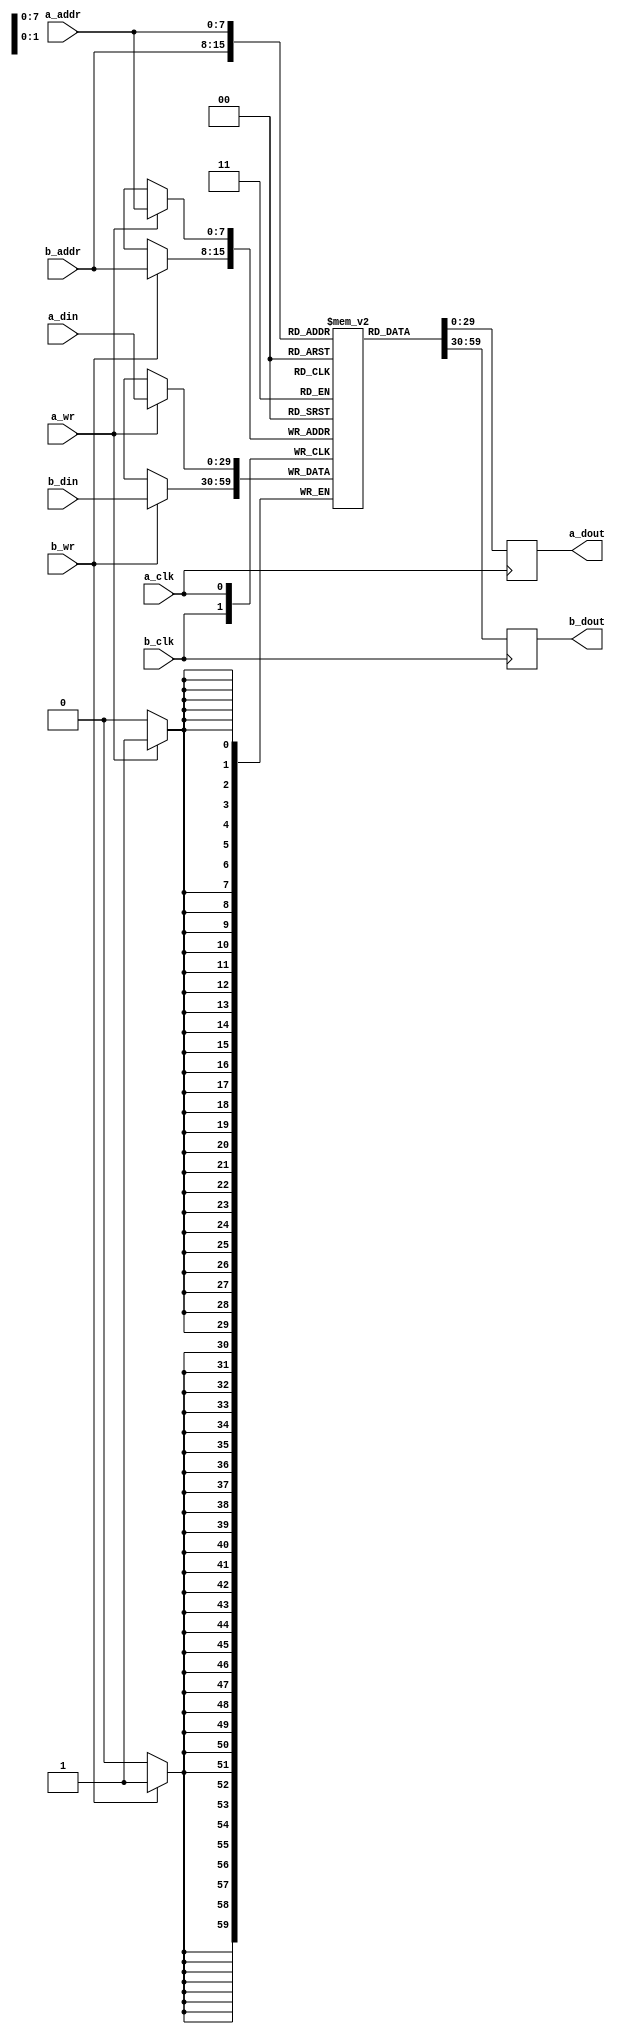
module tdp_ram_30_8
  (input  a_clk,
   input  a_wr,
   input  [7:0] a_addr,
   input  [29:0] a_din,
   input  b_clk,
   input  b_wr,
   input  [7:0] b_addr,
   input  [29:0] b_din,
   output [29:0] a_dout,
   output [29:0] b_dout);
  reg [29:0] n107_data; // mem_rd
  reg [29:0] n110_data; // mem_rd
  assign a_dout = n110_data;
  assign b_dout = n107_data;
  /* mem/tdp_ram.vhd:57:5  */
  reg [29:0] mem[255:0] ; // memory
  initial begin
    mem[255] = 30'b000000000000000000000000000000;
    mem[254] = 30'b000000000000000000000000000000;
    mem[253] = 30'b000000000000000000000000000000;
    mem[252] = 30'b000000000000000000000000000000;
    mem[251] = 30'b000000000000000000000000000000;
    mem[250] = 30'b000000000000000000000000000000;
    mem[249] = 30'b000000000000000000000000000000;
    mem[248] = 30'b000000000000000000000000000000;
    mem[247] = 30'b000000000000000000000000000000;
    mem[246] = 30'b000000000000000000000000000000;
    mem[245] = 30'b000000000000000000000000000000;
    mem[244] = 30'b000000000000000000000000000000;
    mem[243] = 30'b000000000000000000000000000000;
    mem[242] = 30'b000000000000000000000000000000;
    mem[241] = 30'b000000000000000000000000000000;
    mem[240] = 30'b000000000000000000000000000000;
    mem[239] = 30'b000000000000000000000000000000;
    mem[238] = 30'b000000000000000000000000000000;
    mem[237] = 30'b000000000000000000000000000000;
    mem[236] = 30'b000000000000000000000000000000;
    mem[235] = 30'b000000000000000000000000000000;
    mem[234] = 30'b000000000000000000000000000000;
    mem[233] = 30'b000000000000000000000000000000;
    mem[232] = 30'b000000000000000000000000000000;
    mem[231] = 30'b000000000000000000000000000000;
    mem[230] = 30'b000000000000000000000000000000;
    mem[229] = 30'b000000000000000000000000000000;
    mem[228] = 30'b000000000000000000000000000000;
    mem[227] = 30'b000000000000000000000000000000;
    mem[226] = 30'b000000000000000000000000000000;
    mem[225] = 30'b000000000000000000000000000000;
    mem[224] = 30'b000000000000000000000000000000;
    mem[223] = 30'b000000000000000000000000000000;
    mem[222] = 30'b000000000000000000000000000000;
    mem[221] = 30'b000000000000000000000000000000;
    mem[220] = 30'b000000000000000000000000000000;
    mem[219] = 30'b000000000000000000000000000000;
    mem[218] = 30'b000000000000000000000000000000;
    mem[217] = 30'b000000000000000000000000000000;
    mem[216] = 30'b000000000000000000000000000000;
    mem[215] = 30'b000000000000000000000000000000;
    mem[214] = 30'b000000000000000000000000000000;
    mem[213] = 30'b000000000000000000000000000000;
    mem[212] = 30'b000000000000000000000000000000;
    mem[211] = 30'b000000000000000000000000000000;
    mem[210] = 30'b000000000000000000000000000000;
    mem[209] = 30'b000000000000000000000000000000;
    mem[208] = 30'b000000000000000000000000000000;
    mem[207] = 30'b000000000000000000000000000000;
    mem[206] = 30'b000000000000000000000000000000;
    mem[205] = 30'b000000000000000000000000000000;
    mem[204] = 30'b000000000000000000000000000000;
    mem[203] = 30'b000000000000000000000000000000;
    mem[202] = 30'b000000000000000000000000000000;
    mem[201] = 30'b000000000000000000000000000000;
    mem[200] = 30'b000000000000000000000000000000;
    mem[199] = 30'b000000000000000000000000000000;
    mem[198] = 30'b000000000000000000000000000000;
    mem[197] = 30'b000000000000000000000000000000;
    mem[196] = 30'b000000000000000000000000000000;
    mem[195] = 30'b000000000000000000000000000000;
    mem[194] = 30'b000000000000000000000000000000;
    mem[193] = 30'b000000000000000000000000000000;
    mem[192] = 30'b000000000000000000000000000000;
    mem[191] = 30'b000000000000000000000000000000;
    mem[190] = 30'b000000000000000000000000000000;
    mem[189] = 30'b000000000000000000000000000000;
    mem[188] = 30'b000000000000000000000000000000;
    mem[187] = 30'b000000000000000000000000000000;
    mem[186] = 30'b000000000000000000000000000000;
    mem[185] = 30'b000000000000000000000000000000;
    mem[184] = 30'b000000000000000000000000000000;
    mem[183] = 30'b000000000000000000000000000000;
    mem[182] = 30'b000000000000000000000000000000;
    mem[181] = 30'b000000000000000000000000000000;
    mem[180] = 30'b000000000000000000000000000000;
    mem[179] = 30'b000000000000000000000000000000;
    mem[178] = 30'b000000000000000000000000000000;
    mem[177] = 30'b000000000000000000000000000000;
    mem[176] = 30'b000000000000000000000000000000;
    mem[175] = 30'b000000000000000000000000000000;
    mem[174] = 30'b000000000000000000000000000000;
    mem[173] = 30'b000000000000000000000000000000;
    mem[172] = 30'b000000000000000000000000000000;
    mem[171] = 30'b000000000000000000000000000000;
    mem[170] = 30'b000000000000000000000000000000;
    mem[169] = 30'b000000000000000000000000000000;
    mem[168] = 30'b000000000000000000000000000000;
    mem[167] = 30'b000000000000000000000000000000;
    mem[166] = 30'b000000000000000000000000000000;
    mem[165] = 30'b000000000000000000000000000000;
    mem[164] = 30'b000000000000000000000000000000;
    mem[163] = 30'b000000000000000000000000000000;
    mem[162] = 30'b000000000000000000000000000000;
    mem[161] = 30'b000000000000000000000000000000;
    mem[160] = 30'b000000000000000000000000000000;
    mem[159] = 30'b000000000000000000000000000000;
    mem[158] = 30'b000000000000000000000000000000;
    mem[157] = 30'b000000000000000000000000000000;
    mem[156] = 30'b000000000000000000000000000000;
    mem[155] = 30'b000000000000000000000000000000;
    mem[154] = 30'b000000000000000000000000000000;
    mem[153] = 30'b000000000000000000000000000000;
    mem[152] = 30'b000000000000000000000000000000;
    mem[151] = 30'b000000000000000000000000000000;
    mem[150] = 30'b000000000000000000000000000000;
    mem[149] = 30'b000000000000000000000000000000;
    mem[148] = 30'b000000000000000000000000000000;
    mem[147] = 30'b000000000000000000000000000000;
    mem[146] = 30'b000000000000000000000000000000;
    mem[145] = 30'b000000000000000000000000000000;
    mem[144] = 30'b000000000000000000000000000000;
    mem[143] = 30'b000000000000000000000000000000;
    mem[142] = 30'b000000000000000000000000000000;
    mem[141] = 30'b000000000000000000000000000000;
    mem[140] = 30'b000000000000000000000000000000;
    mem[139] = 30'b000000000000000000000000000000;
    mem[138] = 30'b000000000000000000000000000000;
    mem[137] = 30'b000000000000000000000000000000;
    mem[136] = 30'b000000000000000000000000000000;
    mem[135] = 30'b000000000000000000000000000000;
    mem[134] = 30'b000000000000000000000000000000;
    mem[133] = 30'b000000000000000000000000000000;
    mem[132] = 30'b000000000000000000000000000000;
    mem[131] = 30'b000000000000000000000000000000;
    mem[130] = 30'b000000000000000000000000000000;
    mem[129] = 30'b000000000000000000000000000000;
    mem[128] = 30'b000000000000000000000000000000;
    mem[127] = 30'b000000000000000000000000000000;
    mem[126] = 30'b000000000000000000000000000000;
    mem[125] = 30'b000000000000000000000000000000;
    mem[124] = 30'b000000000000000000000000000000;
    mem[123] = 30'b000000000000000000000000000000;
    mem[122] = 30'b000000000000000000000000000000;
    mem[121] = 30'b000000000000000000000000000000;
    mem[120] = 30'b000000000000000000000000000000;
    mem[119] = 30'b000000000000000000000000000000;
    mem[118] = 30'b000000000000000000000000000000;
    mem[117] = 30'b000000000000000000000000000000;
    mem[116] = 30'b000000000000000000000000000000;
    mem[115] = 30'b000000000000000000000000000000;
    mem[114] = 30'b000000000000000000000000000000;
    mem[113] = 30'b000000000000000000000000000000;
    mem[112] = 30'b000000000000000000000000000000;
    mem[111] = 30'b000000000000000000000000000000;
    mem[110] = 30'b000000000000000000000000000000;
    mem[109] = 30'b000000000000000000000000000000;
    mem[108] = 30'b000000000000000000000000000000;
    mem[107] = 30'b000000000000000000000000000000;
    mem[106] = 30'b000000000000000000000000000000;
    mem[105] = 30'b000000000000000000000000000000;
    mem[104] = 30'b000000000000000000000000000000;
    mem[103] = 30'b000000000000000000000000000000;
    mem[102] = 30'b000000000000000000000000000000;
    mem[101] = 30'b000000000000000000000000000000;
    mem[100] = 30'b000000000000000000000000000000;
    mem[99] = 30'b000000000000000000000000000000;
    mem[98] = 30'b000000000000000000000000000000;
    mem[97] = 30'b000000000000000000000000000000;
    mem[96] = 30'b000000000000000000000000000000;
    mem[95] = 30'b000000000000000000000000000000;
    mem[94] = 30'b000000000000000000000000000000;
    mem[93] = 30'b000000000000000000000000000000;
    mem[92] = 30'b000000000000000000000000000000;
    mem[91] = 30'b000000000000000000000000000000;
    mem[90] = 30'b000000000000000000000000000000;
    mem[89] = 30'b000000000000000000000000000000;
    mem[88] = 30'b000000000000000000000000000000;
    mem[87] = 30'b000000000000000000000000000000;
    mem[86] = 30'b000000000000000000000000000000;
    mem[85] = 30'b000000000000000000000000000000;
    mem[84] = 30'b000000000000000000000000000000;
    mem[83] = 30'b000000000000000000000000000000;
    mem[82] = 30'b000000000000000000000000000000;
    mem[81] = 30'b000000000000000000000000000000;
    mem[80] = 30'b000000000000000000000000000000;
    mem[79] = 30'b000000000000000000000000000000;
    mem[78] = 30'b000000000000000000000000000000;
    mem[77] = 30'b000000000000000000000000000000;
    mem[76] = 30'b000000000000000000000000000000;
    mem[75] = 30'b000000000000000000000000000000;
    mem[74] = 30'b000000000000000000000000000000;
    mem[73] = 30'b000000000000000000000000000000;
    mem[72] = 30'b000000000000000000000000000000;
    mem[71] = 30'b000000000000000000000000000000;
    mem[70] = 30'b000000000000000000000000000000;
    mem[69] = 30'b000000000000000000000000000000;
    mem[68] = 30'b000000000000000000000000000000;
    mem[67] = 30'b000000000000000000000000000000;
    mem[66] = 30'b000000000000000000000000000000;
    mem[65] = 30'b000000000000000000000000000000;
    mem[64] = 30'b000000000000000000000000000000;
    mem[63] = 30'b000000000000000000000000000000;
    mem[62] = 30'b000000000000000000000000000000;
    mem[61] = 30'b000000000000000000000000000000;
    mem[60] = 30'b000000000000000000000000000000;
    mem[59] = 30'b000000000000000000000000000000;
    mem[58] = 30'b000000000000000000000000000000;
    mem[57] = 30'b000000000000000000000000000000;
    mem[56] = 30'b000000000000000000000000000000;
    mem[55] = 30'b000000000000000000000000000000;
    mem[54] = 30'b000000000000000000000000000000;
    mem[53] = 30'b000000000000000000000000000000;
    mem[52] = 30'b000000000000000000000000000000;
    mem[51] = 30'b000000000000000000000000000000;
    mem[50] = 30'b000000000000000000000000000000;
    mem[49] = 30'b000000000000000000000000000000;
    mem[48] = 30'b000000000000000000000000000000;
    mem[47] = 30'b000000000000000000000000000000;
    mem[46] = 30'b000000000000000000000000000000;
    mem[45] = 30'b000000000000000000000000000000;
    mem[44] = 30'b000000000000000000000000000000;
    mem[43] = 30'b000000000000000000000000000000;
    mem[42] = 30'b000000000000000000000000000000;
    mem[41] = 30'b000000000000000000000000000000;
    mem[40] = 30'b000000000000000000000000000000;
    mem[39] = 30'b000000000000000000000000000000;
    mem[38] = 30'b000000000000000000000000000000;
    mem[37] = 30'b000000000000000000000000000000;
    mem[36] = 30'b000000000000000000000000000000;
    mem[35] = 30'b000000000000000000000000000000;
    mem[34] = 30'b000000000000000000000000000000;
    mem[33] = 30'b000000000000000000000000000000;
    mem[32] = 30'b000000000000000000000000000000;
    mem[31] = 30'b000000000000000000000000000000;
    mem[30] = 30'b000000000000000000000000000000;
    mem[29] = 30'b000000000000000000000000000000;
    mem[28] = 30'b000000000000000000000000000000;
    mem[27] = 30'b000000000000000000000000000000;
    mem[26] = 30'b000000000000000000000000000000;
    mem[25] = 30'b000000000000000000000000000000;
    mem[24] = 30'b000000000000000000000000000000;
    mem[23] = 30'b000000000000000000000000000000;
    mem[22] = 30'b000000000000000000000000000000;
    mem[21] = 30'b000000000000000000000000000000;
    mem[20] = 30'b000000000000000000000000000000;
    mem[19] = 30'b000000000000000000000000000000;
    mem[18] = 30'b000000000000000000000000000000;
    mem[17] = 30'b000000000000000000000000000000;
    mem[16] = 30'b000000000000000000000000000000;
    mem[15] = 30'b000000000000000000000000000000;
    mem[14] = 30'b000000000000000000000000000000;
    mem[13] = 30'b000000000000000000000000000000;
    mem[12] = 30'b000000000000000000000000000000;
    mem[11] = 30'b000000000000000000000000000000;
    mem[10] = 30'b000000000000000000000000000000;
    mem[9] = 30'b000000000000000000000000000000;
    mem[8] = 30'b000000000000000000000000000000;
    mem[7] = 30'b000000000000000000000000000000;
    mem[6] = 30'b000000000000000000000000000000;
    mem[5] = 30'b000000000000000000000000000000;
    mem[4] = 30'b000000000000000000000000000000;
    mem[3] = 30'b000000000000000000000000000000;
    mem[2] = 30'b000000000000000000000000000000;
    mem[1] = 30'b000000000000000000000000000000;
    mem[0] = 30'b000000000000000000000000000000;
    end
  always @(posedge b_clk)
    if (b_wr)
      mem[b_addr] <= b_din;
  always @(posedge b_clk)
    if (1'b1)
      n107_data <= mem[b_addr];
  always @(posedge a_clk)
    if (a_wr)
      mem[a_addr] <= a_din;
  always @(posedge a_clk)
    if (1'b1)
      n110_data <= mem[a_addr];
  /* mem/tdp_ram.vhd:104:17  */
  /* ni/schedule_table.vhd:111:3  */
  /* mem/tdp_ram.vhd:88:17  */
  /* mem/tdp_ram.vhd:103:9  */
endmodule

module schedule_table
  (input  clk,
   input  reset,
   input  [13:0] config_addr,
   input  config_en,
   input  config_wr,
   input  [31:0] config_wdata,
   input  sel,
   input  [7:0] stbl_idx,
   input  stbl_idx_en,
   output [31:0] config_slv_rdata,
   output config_slv_error,
   output [15:0] route,
   output [3:0] pkt_len,
   output [3:0] t2n,
   output [5:0] dma_num,
   output dma_en);
  wire [47:0] n0_o;
  wire [31:0] n2_o;
  wire n3_o;
  wire [29:0] stbl_data;
  wire stbl_idx_en_reg;
  wire config_slv_error_next;
  wire [5:0] dma_num_sig;
  wire [29:0] port_a_din;
  wire [29:0] port_a_dout;
  wire a_wr;
  wire n9_o;
  wire n10_o;
  wire [29:0] stbl_a_dout;
  wire [29:0] stbl_b_dout;
  wire [7:0] n11_o;
  localparam n13_o = 1'b0;
  localparam [29:0] n14_o = 30'b000000000000000000000000000000;
  localparam [31:0] n17_o = 32'b00000000000000000000000000000000;
  wire [15:0] n18_o;
  wire [5:0] n20_o;
  wire [1:0] n21_o;
  wire [3:0] n23_o;
  wire [3:0] n25_o;
  wire [15:0] n26_o;
  wire [5:0] n29_o;
  wire [3:0] n31_o;
  wire [3:0] n33_o;
  wire [2:0] n36_o;
  wire n38_o;
  wire n39_o;
  wire n42_o;
  wire [15:0] n45_o;
  wire [5:0] n46_o;
  wire [3:0] n47_o;
  wire [3:0] n48_o;
  wire n52_o;
  reg n55_q;
  wire n58_o;
  wire n60_o;
  wire n65_o;
  reg n69_q;
  wire [29:0] n70_o;
  wire [32:0] n71_o;
  assign config_slv_rdata = n2_o;
  assign config_slv_error = n3_o;
  assign route = n45_o;
  assign pkt_len = n47_o;
  assign t2n = n48_o;
  assign dma_num = dma_num_sig;
  assign dma_en = n60_o;
  assign n0_o = {config_wdata, config_wr, config_en, config_addr};
  assign n2_o = n71_o[31:0];
  assign n3_o = n71_o[32];
  /* ni/schedule_table.vhd:78:8  */
  assign stbl_data = stbl_b_dout; // (signal)
  /* ni/schedule_table.vhd:80:8  */
  assign stbl_idx_en_reg = n55_q; // (signal)
  /* ni/schedule_table.vhd:82:8  */
  assign config_slv_error_next = n42_o; // (signal)
  /* ni/schedule_table.vhd:84:8  */
  assign dma_num_sig = n46_o; // (signal)
  /* ni/schedule_table.vhd:86:8  */
  assign port_a_din = n70_o; // (signal)
  /* ni/schedule_table.vhd:86:20  */
  assign port_a_dout = stbl_a_dout; // (signal)
  /* ni/schedule_table.vhd:88:8  */
  assign a_wr = n10_o; // (signal)
  /* ni/schedule_table.vhd:91:18  */
  assign n9_o = n0_o[15];
  /* ni/schedule_table.vhd:91:21  */
  assign n10_o = n9_o & sel;
  /* ni/schedule_table.vhd:93:1  */
  tdp_ram_30_8 stbl (
    .a_clk(clk),
    .a_wr(a_wr),
    .a_addr(n11_o),
    .a_din(port_a_din),
    .b_clk(clk),
    .b_wr(n13_o),
    .b_addr(stbl_idx),
    .b_din(n14_o),
    .a_dout(stbl_a_dout),
    .b_dout(stbl_b_dout));
  /* ni/schedule_table.vhd:101:27  */
  assign n11_o = n0_o[7:0];
  /* ni/schedule_table.vhd:117:33  */
  assign n18_o = port_a_dout[29:14];
  /* ni/schedule_table.vhd:121:33  */
  assign n20_o = port_a_dout[13:8];
  assign n21_o = n17_o[15:14];
  /* ni/schedule_table.vhd:125:33  */
  assign n23_o = port_a_dout[7:4];
  /* ni/schedule_table.vhd:129:33  */
  assign n25_o = port_a_dout[3:0];
  /* ni/schedule_table.vhd:135:34  */
  assign n26_o = n0_o[47:32];
  /* ni/schedule_table.vhd:140:34  */
  assign n29_o = n0_o[29:24];
  /* ni/schedule_table.vhd:143:34  */
  assign n31_o = n0_o[23:20];
  /* ni/schedule_table.vhd:146:34  */
  assign n33_o = n0_o[19:16];
  /* ni/schedule_table.vhd:154:31  */
  assign n36_o = n0_o[10:8];
  /* ni/schedule_table.vhd:154:73  */
  assign n38_o = n36_o != 3'b000;
  /* ni/schedule_table.vhd:154:16  */
  assign n39_o = sel & n38_o;
  /* ni/schedule_table.vhd:154:3  */
  assign n42_o = n39_o ? 1'b1 : 1'b0;
  /* ni/schedule_table.vhd:159:21  */
  assign n45_o = stbl_data[29:14];
  /* ni/schedule_table.vhd:161:34  */
  assign n46_o = stbl_data[13:8];
  /* ni/schedule_table.vhd:164:30  */
  assign n47_o = stbl_data[7:4];
  /* ni/schedule_table.vhd:166:30  */
  assign n48_o = stbl_data[3:0];
  /* ni/schedule_table.vhd:172:5  */
  assign n52_o = reset ? 1'b0 : stbl_idx_en;
  /* ni/schedule_table.vhd:171:3  */
  always @(posedge clk)
    n55_q <= n52_o;
  /* ni/schedule_table.vhd:183:18  */
  assign n58_o = dma_num_sig == 6'b111111;
  /* ni/schedule_table.vhd:183:3  */
  assign n60_o = n58_o ? 1'b0 : stbl_idx_en_reg;
  /* ni/schedule_table.vhd:193:5  */
  assign n65_o = reset ? 1'b0 : config_slv_error_next;
  /* ni/schedule_table.vhd:192:3  */
  always @(posedge clk)
    n69_q <= n65_o;
  /* ni/schedule_table.vhd:192:3  */
  assign n70_o = {n26_o, n29_o, n31_o, n33_o};
  assign n71_o = {n69_q, n18_o, n21_o, n20_o, n23_o, n25_o};
endmodule